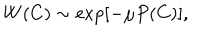
W ( C ) \sim \exp [ - \mu P ( C ) ] ,